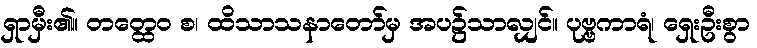
ရှာမှီး၏။ တတ္ထေဝ စ၊ ထိသာသနာတော်မှ အပ၌သာလျှင်။ ပုဗ္ဗကာရံ၊ ရှေးဦးစွာ